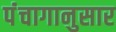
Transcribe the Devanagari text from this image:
पंंचागानुसार